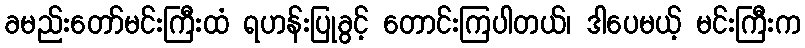
ခမည်းတော်မင်းကြီးထံ ရဟန်းပြုခွင့် တောင်းကြပါတယ်၊ ဒါပေမယ့် မင်းကြီးက